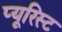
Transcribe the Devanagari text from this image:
प्यूरिस्ट